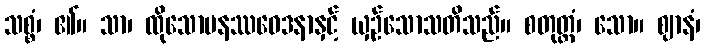
သစ္စံ၊ ၏။ သာ၊ ထိုသောမနဿဝေဒနာနှင့် ယှဉ်သောသတိသည်။ စတုတ္ထံ၊ သော။ ဈာနံ၊